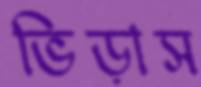
ভিড়াস